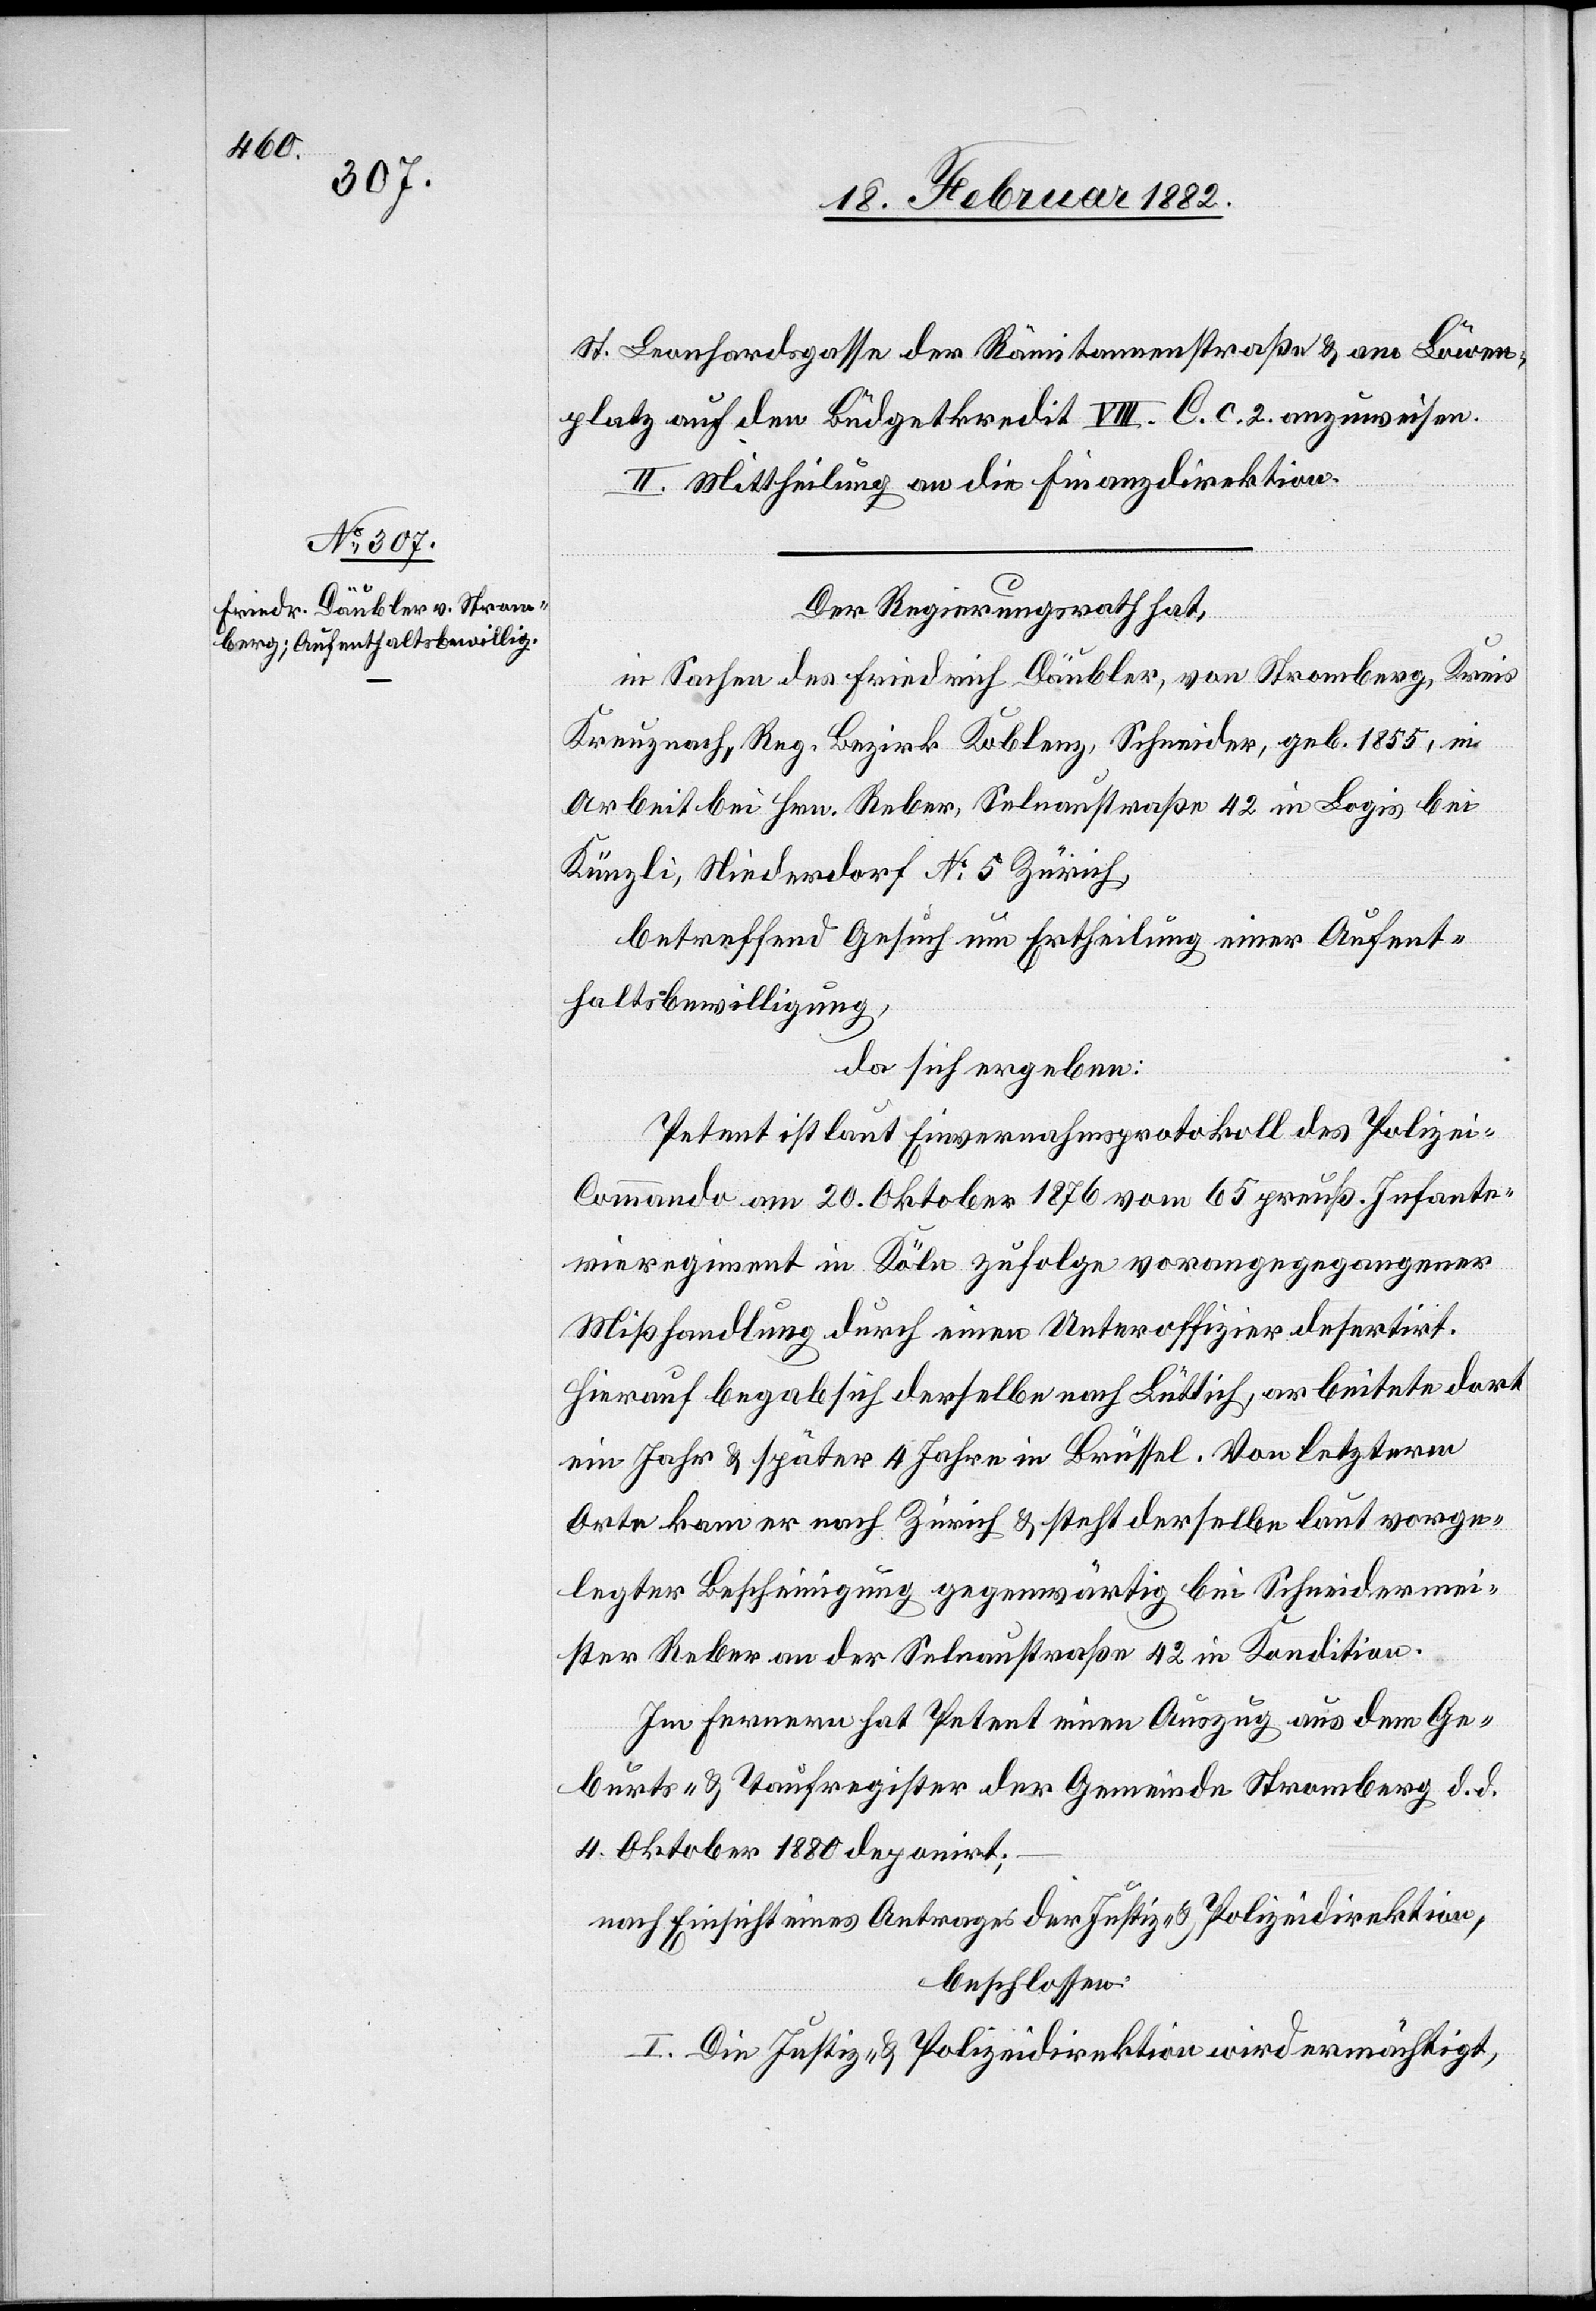
St. Leonhardgasse der Rämitannenstraße & am Löwen¬
platz auf den Büdgetkredit VIII. C. c 2. anzuweisen.
II. Mittheilung an die Finanzdirektion.
Der Regierungsrath hat,
in Sachen des Friedrich Däubler, von Stromberg, Kreis
Kreuznach, Reg. Bezirk Koblenz, Schneider, geb. 1855, in
Arbeit bei Hrn. Reber, Selnaustraße 42 in Logis bei
Künzli, Niederdorf No 5 Zürich,
betreffend Gesuch um Ertheilung einer Aufent¬
haltsbewilligung,
da sich ergeben:
Petent ist laut Einvernahmsprotokoll des Polizei-C¬
ommando am 20. Oktober 1876 vom 65 preuß. Infante¬
rieregiment in Köln zufolge vorangegangener
Mißhandlung durch einen Unteroffizier desertirt.
Hierauf begab sich derselbe nach Lüttich, arbeitete dort
ein Jahr & später 4 Jahre in Brüssel. Von letzterm
Orte kam er nach Zürich & steht derselbe laut vorge¬
legter Bescheinigung gegenwärtig bei Schneidermei¬
ster Reber an der Selnaustraße 42 in Kondition.
Im ferneren hat Petent einen Auszug aus dem Ge¬
burts- & Taufregister der Gemeinde Stromberg d. d.
4 Oktober 1880 deponirt;
nach Einsicht eines Antrages der Justiz- & Polizeidirektion,
beschlossen:
I. Die Justiz- & Polizeidirektion wird ermächtigt,